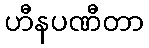
ဟီနပဏီတာ